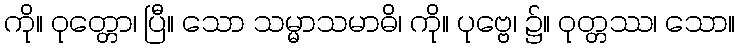
ကို။ ဝုတ္တော၊ ပြီ။ သော သမ္မာသမာဓိ၊ ကို။ ပုဗ္ဗေ၊ ၌။ ဝုတ္တဿ၊ သော။